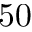
5 0